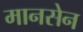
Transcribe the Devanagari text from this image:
मानसेन